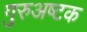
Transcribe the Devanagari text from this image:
गुरुअष्टक